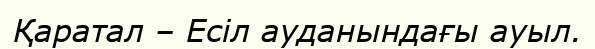
Қаратал – Есіл ауданындағы ауыл.